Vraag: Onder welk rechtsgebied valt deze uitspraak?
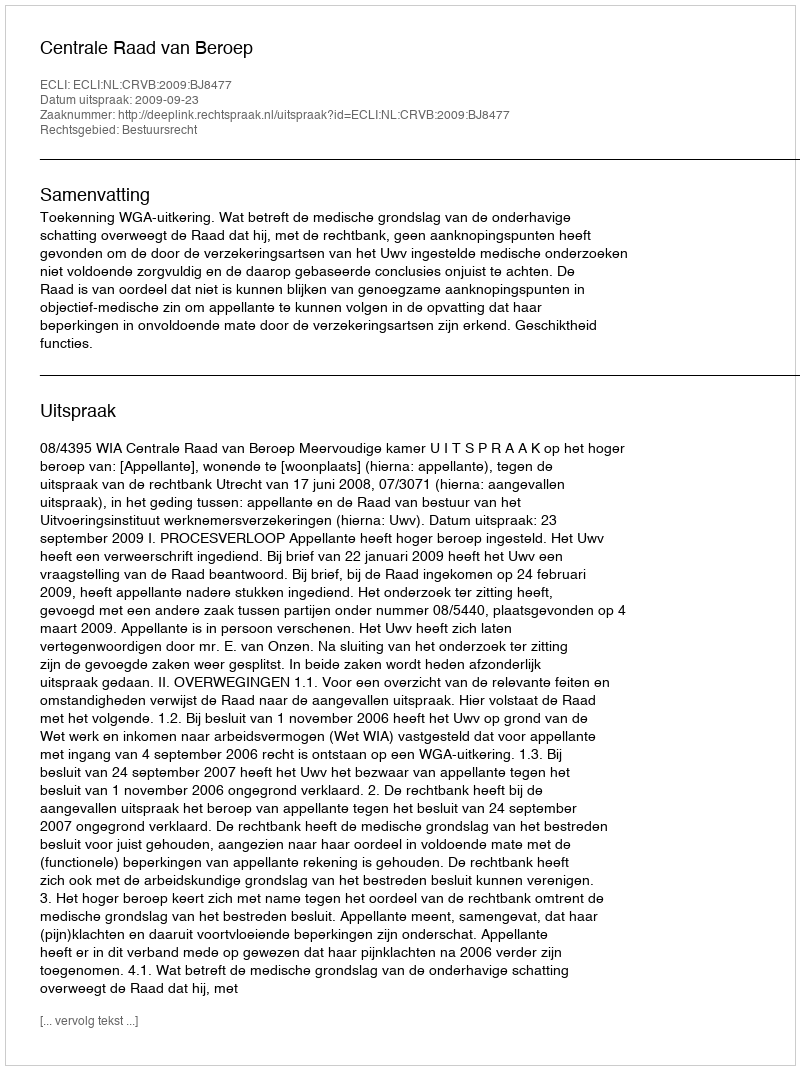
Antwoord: Bestuursrecht